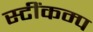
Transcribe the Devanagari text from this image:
स्टींकम्प